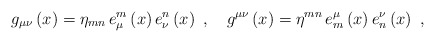
\begin{align*}g_{\mu \nu }\left( x\right) =\eta _{mn}\,e_\mu ^m\left( x\right) e_\nu^n\left( x\right) \,\,,\quad g^{\mu \nu }\left( x\right) =\eta^{mn}\,e_m^\mu \left( x\right) e_n^\nu \left( x\right) \,\,,\end{align*}